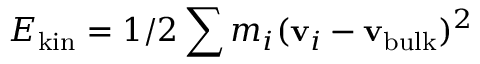
E _ { \mathrm { k i n } } = 1 / 2 \sum m _ { i } ( { \bf v } _ { i } - { \bf v _ { \mathrm { b u l k } } } ) ^ { 2 }